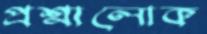
প্রশ্নালোক